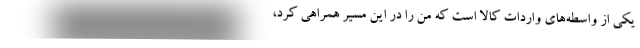
يكي از واسطه‌هاي واردات كالا است كه من را در اين مسير همراهي كرد،